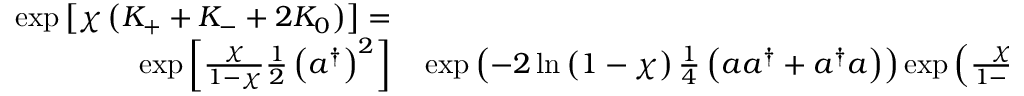
\begin{array} { r l } { \exp \left[ \chi \left( K _ { + } + K _ { - } + 2 K _ { 0 } \right) \right] = } & { { } } \\ { \exp \left[ \frac { \chi } { 1 - \chi } \frac { 1 } { 2 } \left( a ^ { \dag } \right) ^ { 2 } \right] } & { { } \exp \left( - 2 \ln \left( 1 - \chi \right) \frac { 1 } { 4 } \left( a a ^ { \dag } + a ^ { \dag } a \right) \right) \exp \left( \frac { \chi } { 1 - \chi } \frac { 1 } { 2 } \left( a \right) ^ { 2 } \right) . } \end{array}